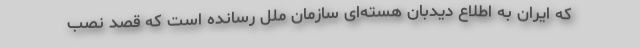
که ایران به اطلاع دیدبان هسته‌ای سازمان ملل رسانده است که قصد نصب